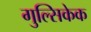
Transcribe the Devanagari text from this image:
गुल्सिकेक